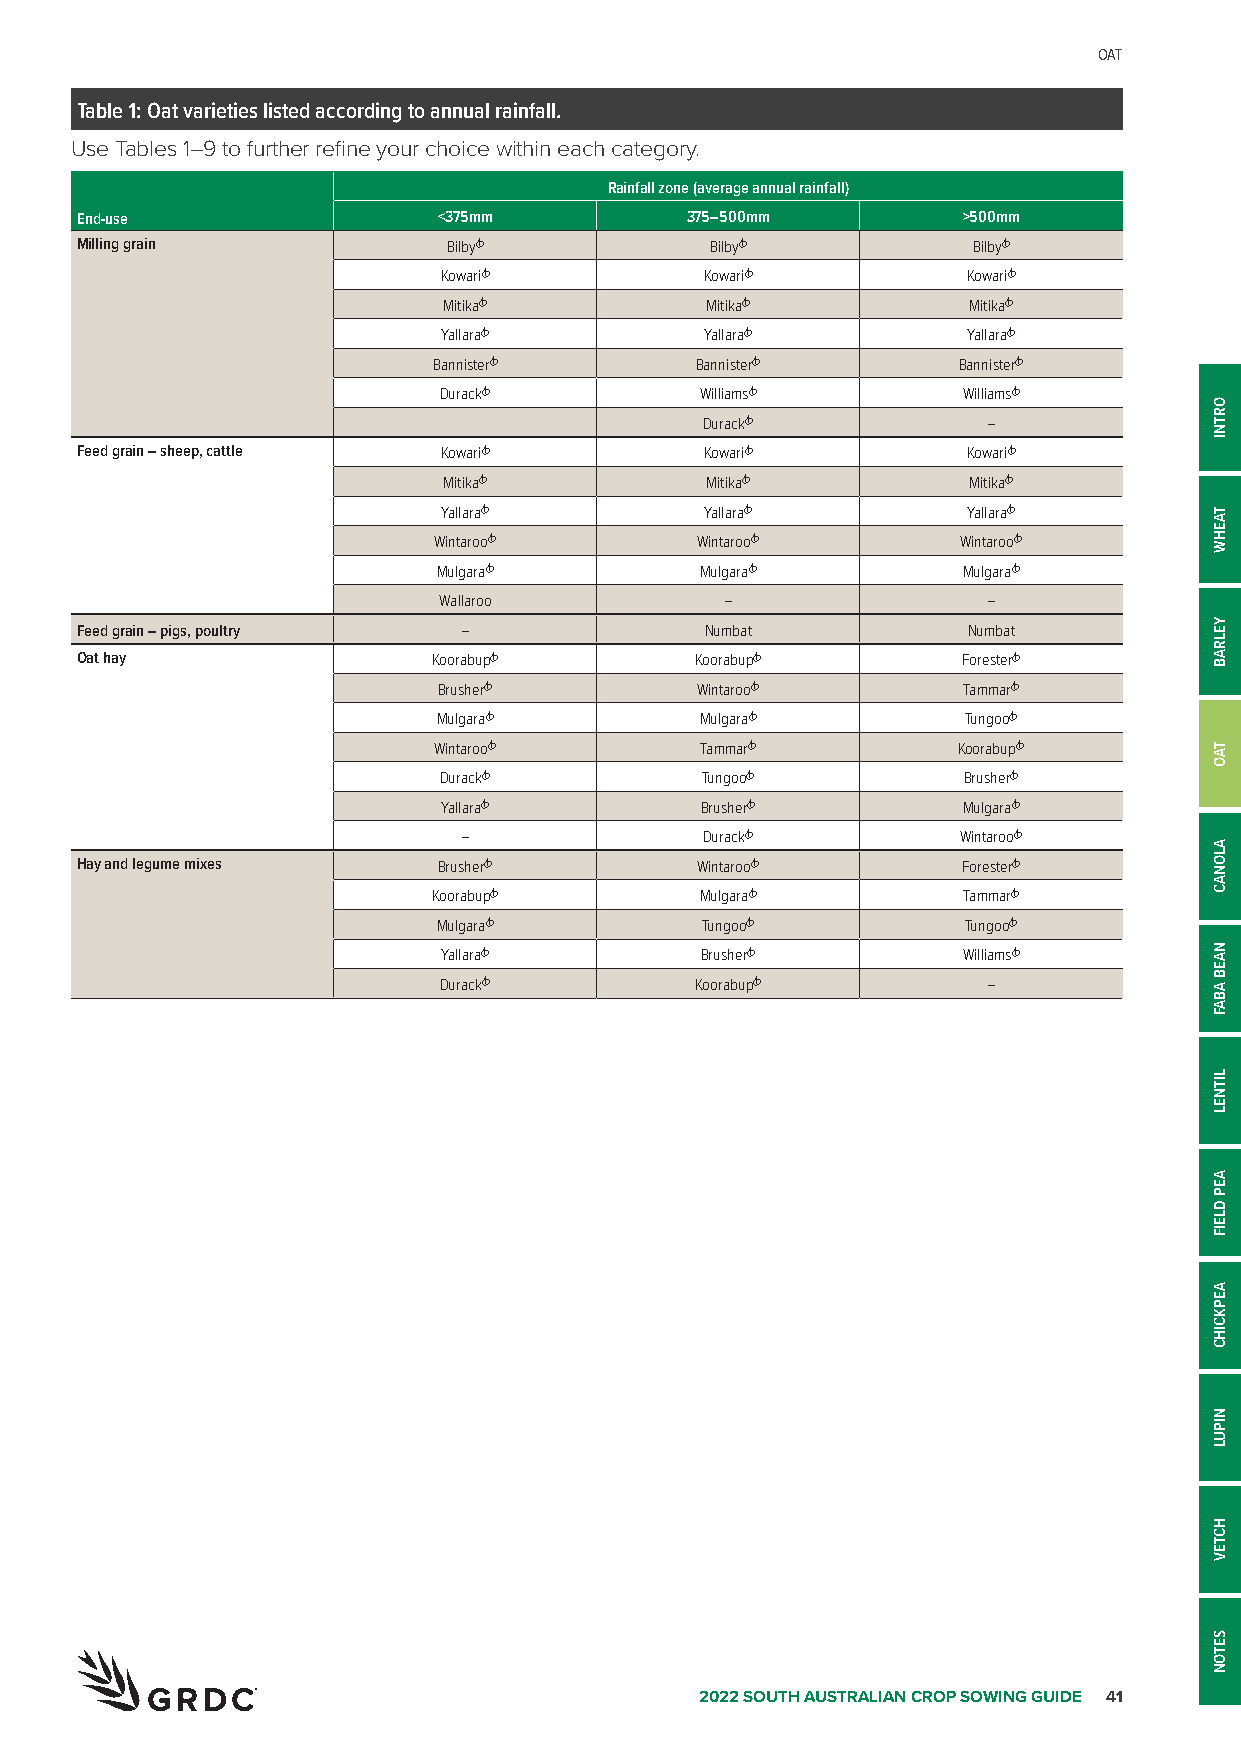
OAT
 Table 1: Oat varieties listed according to annual rainfall.
 Use Tables 1–9 to further refine your choice within each category.
 Rainfall zone (average annual rainfall)
 End-use                 <375mm          375–500mm          >500mm
 Milling grain            BilbyA           BilbyA           BilbyA
 KowariA           KowariA          KowariA
 MitikaA           MitikaA          MitikaA
 YallaraA          YallaraA         YallaraA
 BannisterA       BannisterA       BannisterA
 DurackA          WilliamsA         WilliamsA
 DurackA           –
 Feed grain – sheep, cattle KowariA        KowariA          KowariA
 MitikaA           MitikaA          MitikaA
 YallaraA          YallaraA         YallaraA
 WintarooA        WintarooA         WintarooA
 MulgaraA         MulgaraA          MulgaraA
 Wallaroo           –                –
 Feed grain – pigs, poultry –              Numbat           Numbat
 Oat hay                 KoorabupA        KoorabupA         ForesterA
 BrusherA         WintarooA         TammarA
 MulgaraA         MulgaraA          TungooA
 WintarooA        TammarA          KoorabupA
 DurackA          TungooA           BrusherA
 YallaraA         BrusherA          MulgaraA
 –                DurackA          WintarooA
 Hay and legume mixes    BrusherA         WintarooA         ForesterA
 KoorabupA        MulgaraA          TammarA
 MulgaraA         TungooA           TungooA
 YallaraA         BrusherA          WilliamsA
 DurackA          KoorabupA          –
 2022 SOUTH AUSTRALIAN CROP SOWING GUIDE 41
 ORTNI
 TAEHW
 YELRAB
 TAO
 ALONAC
 NAEB
 ABAF
 LITNEL
 AEP
 DLEIF
 AEPKCIHC
 NIPUL
 HCTEV
 SETON